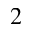
^ 2